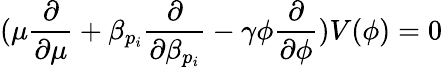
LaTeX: (\mu\frac{\partial}{\partial\mu}+\beta_{p_{i}}\frac{\partial}{\partial\beta_{p_{i}}}-\gamma\phi\frac{\partial}{\partial\phi})V(\phi)=0